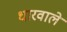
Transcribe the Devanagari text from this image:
धारवाले